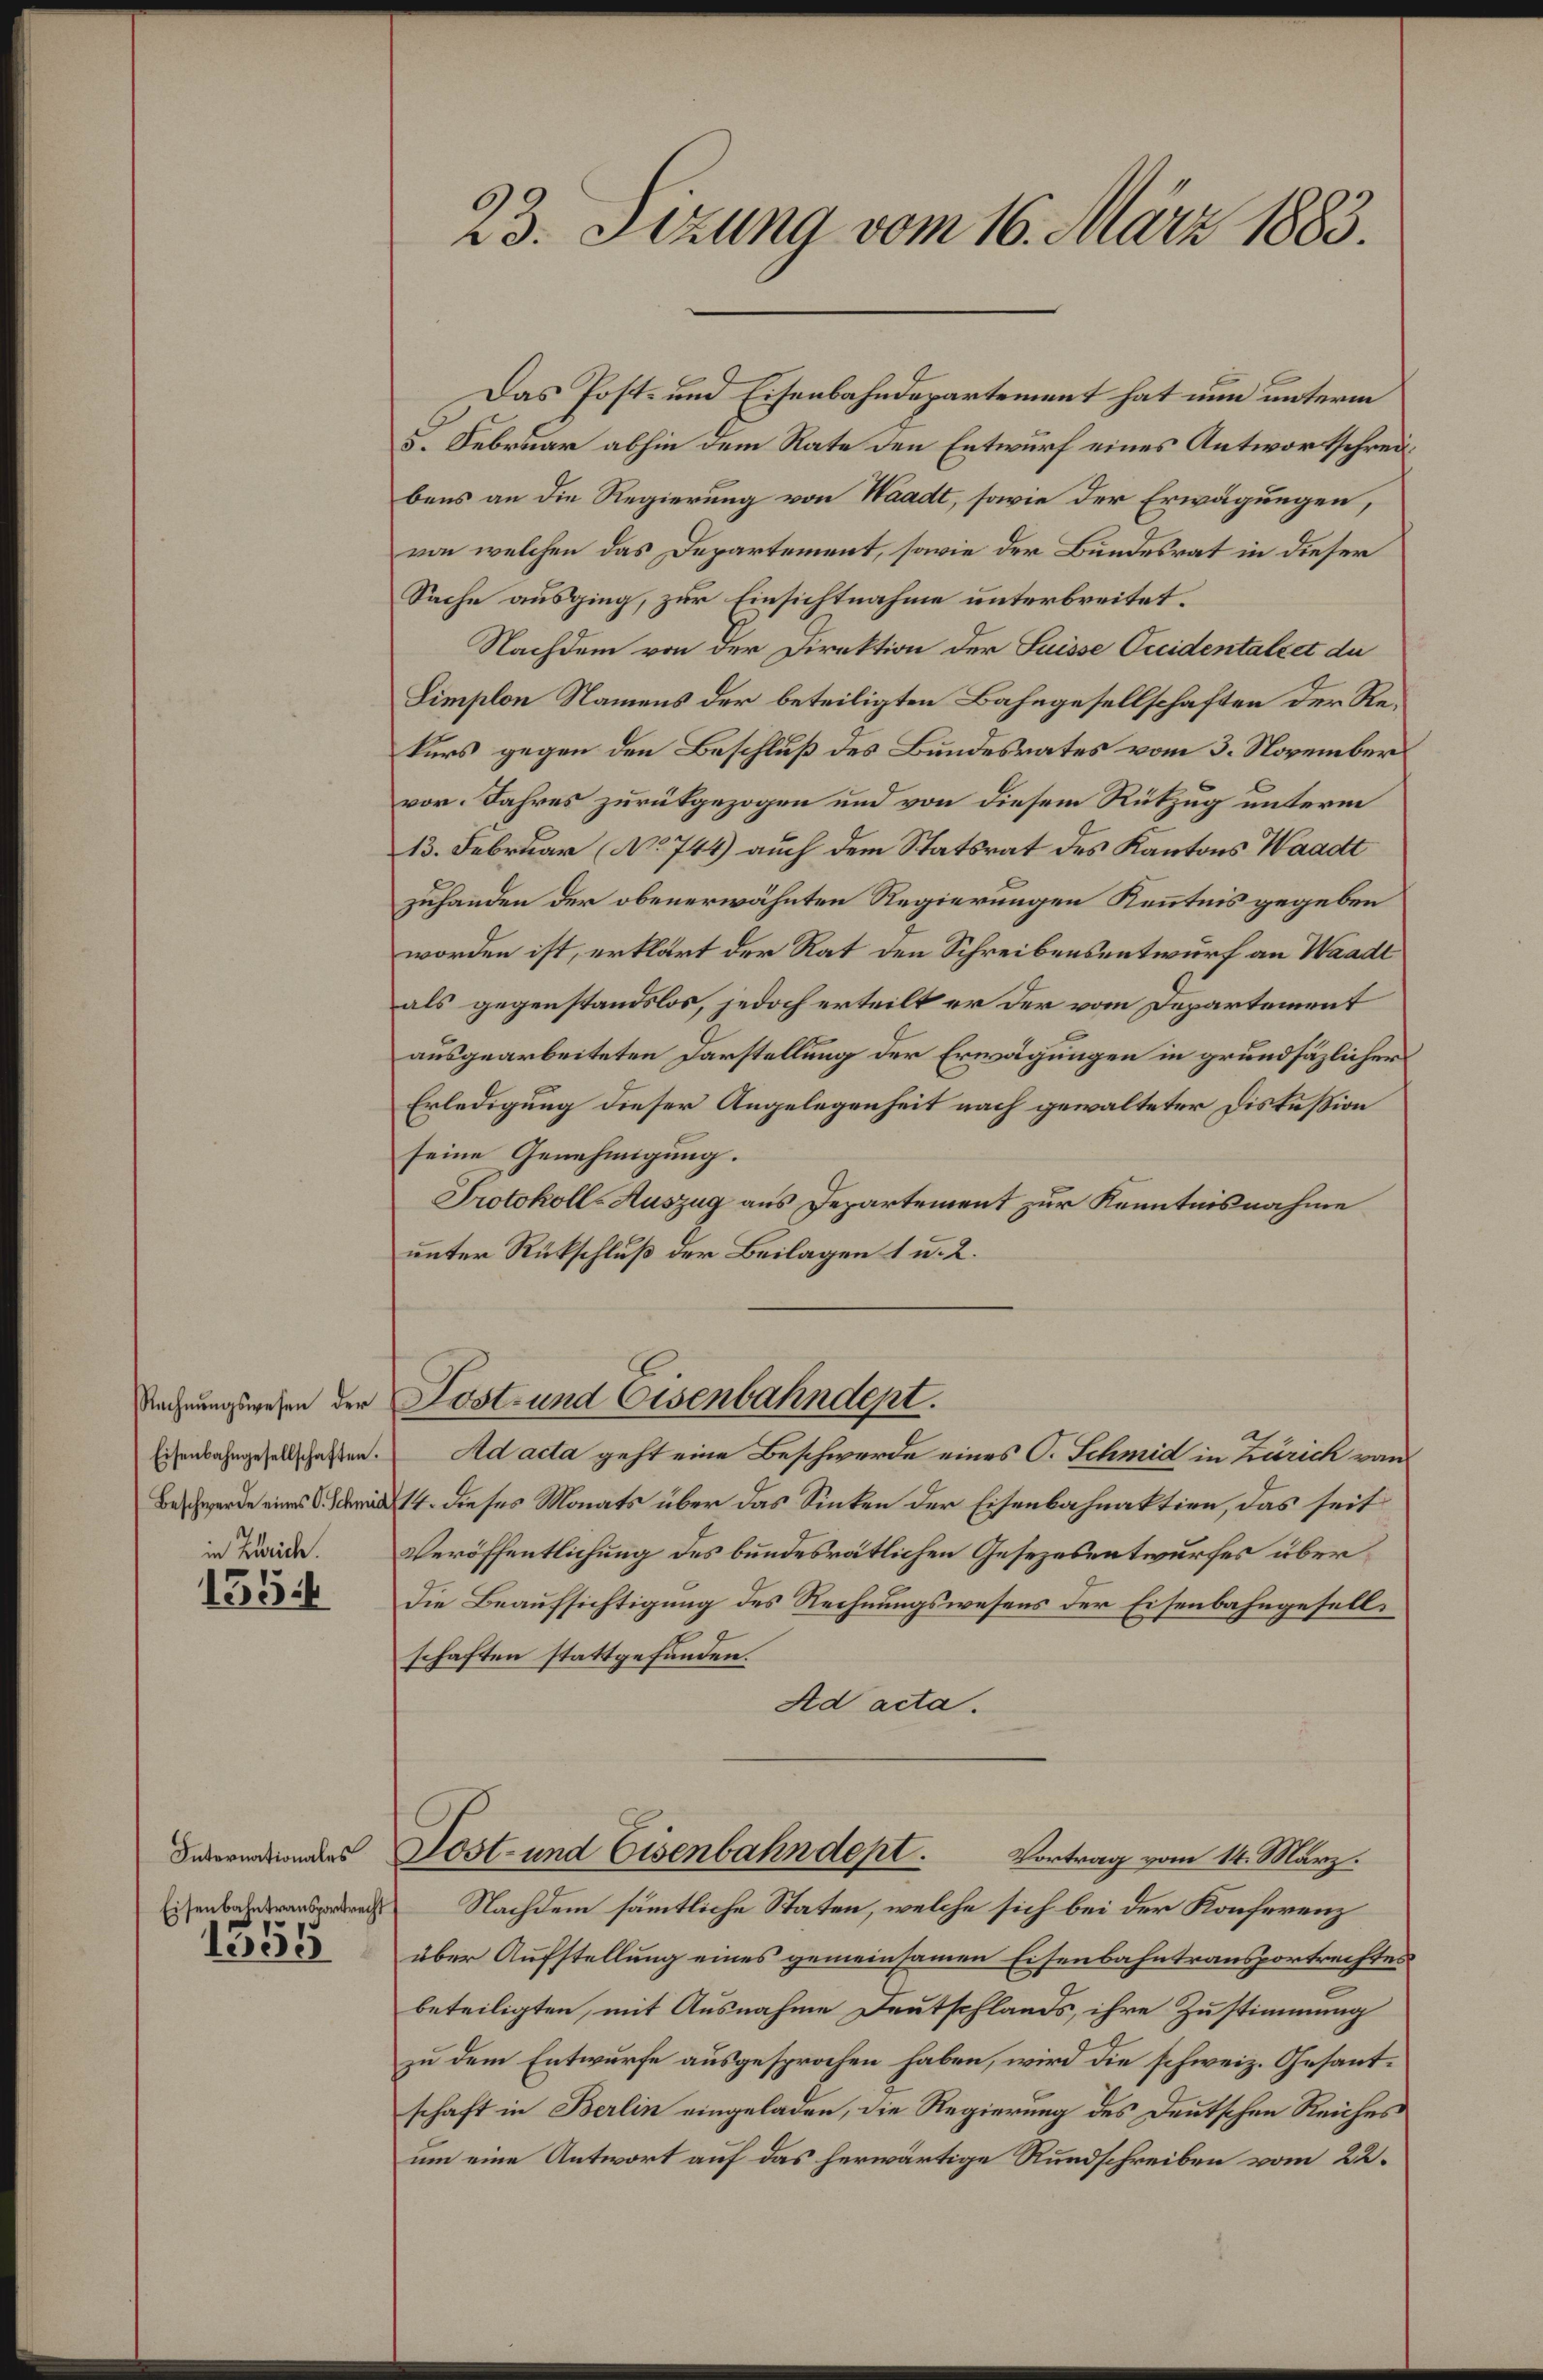
Rechnungswesen der
Eisenbahngesellschaften.
Beschwerde eines C. Schmid
in Zürich.

1554

Internationales
Eisenbahntransportrecht
1355

23. Setzung vom 16. März 1883.

Das Post- und Eisenbahndepartement hat nun unterm
8. Februar abhin dem Rate den Entwurf eines Antwortschreibens an die Regierung von Waadt, sowie der Erwägungen,
von welchen das Departement, sowie der Bundesrat in dieser
Sache ausging, zur Einsichtnahme unterbreitet.
Nachdem von der Direktion der Suisse Occidentaltet de
Simplon Namens der beteiligten Bahngesellschaften der Rekurs gegen den Beschluß des Bundesrates vom 3. November
vor. Jahres zurükgezogen und von diesem Rükzug unterm
13. Februar (No 744) auch dem Statsrat des Kantons Waadt
zuhanden der obenerwähnten Regierungen Kenntnis gegeben
worden ist, erklärt der Rat den Schreibensentwurf an Waadt
als gegenstandslos, jedoch erteilt er der vom Departement
ausgearbeiteten Darstellung der Erwägungen in grundsätzlicher
Erledigung dieser Angelegenheit nach gewalteter Diskußion
seine Genehmigung.
Protokoll-Auszug aus Departement zur Kenntnisnahme
unter Rückschluß der Beilagen 1 u. 2.
Lost- und Eisenbahndept.
Ad acta geht eine Beschwerde eines O. Schmid in Zürich von
14. dieses Monats über das Sinken der Eisenbahnaktien, das seit
Veröffentlichung des bundesrätlichen Gesezesentwurfes überdie Beaufsichtigung des Rechnungswesens der Eisenbahngesellschaften stattgefunden.
Ad acta.
Lost- und Eisenbahndept. Vortrag vom 14. März.
Nachdem sämmtliche Staten, welche sich bei der Konferenz
über Aufstellung eines gemeinsamen Eisenbahntransportrechtes
beteiligten, mit Ausnahme Deutschlands, ihre Zustimmung
zu dem Entwurfe ausgesprochen haben, wird die schweiz. Gesantschaft in Berlin eingeladen, die Regierung des Deutschen Reiches
um eine Antwort auf das herwärtige Rundschreiben vom 22.